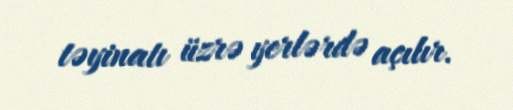
təyinatı üzrə yerlərdə açılır.